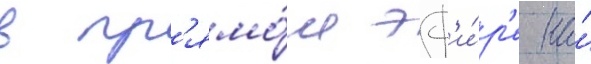
в пр'ямо́м эф'и́р'е на́